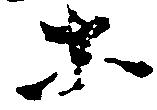
等